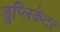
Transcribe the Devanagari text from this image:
डुप्लिकेटर